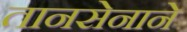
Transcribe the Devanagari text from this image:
तानसेनाने